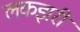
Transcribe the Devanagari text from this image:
लकझरी